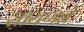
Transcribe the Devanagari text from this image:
सायणने